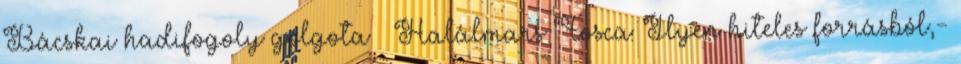
Bácskai hadifogoly golgota – Halálmars Fosca: Ilyen hiteles forrásból,-